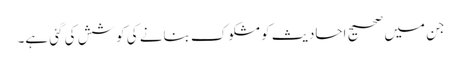
جن میں صحیح احادیث کو مشکوک بنانے کی کوشش کی گئی ہے۔